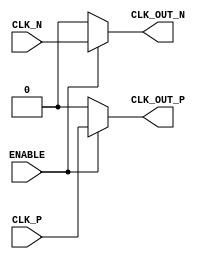
module differential_clock_buffer (
    input wire CLK_P,    // Positive differential clock input
    input wire CLK_N,    // Negative differential clock input
    input wire ENABLE,    // Enable signal
    output reg CLK_OUT_P, // Positive differential clock output
    output reg CLK_OUT_N  // Negative differential clock output
);

// Internal wire to hold the buffered clock signals
wire buffered_clk_p;
wire buffered_clk_n;

// Input Stage: Buffer the differential clock inputs
// Here you could implement the real physical buffer characteristics.
assign buffered_clk_p = CLK_P; // Ideally, this would be an actual buffer instance
assign buffered_clk_n = CLK_N; // Ideally, this would be an actual buffer instance

// Buffer Stage: Control the output based on enable
always @(*) begin
    if (ENABLE) begin
        CLK_OUT_P = buffered_clk_p; // Pass the buffered positive clock signal
        CLK_OUT_N = buffered_clk_n; // Pass the buffered negative clock signal
    end else begin
        // When disabled, drive output to a known idle state (low)
        CLK_OUT_P = 1'b0;
        CLK_OUT_N = 1'b0;
    end
end

endmodule